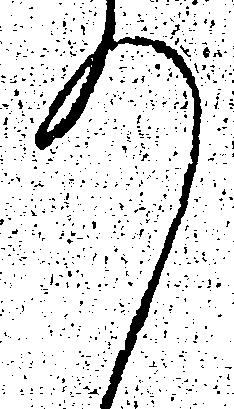
の